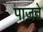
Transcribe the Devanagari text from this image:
पाजते